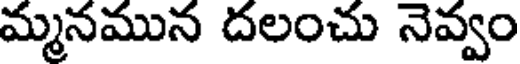
మ్మనమున దలంచు నెవ్వం